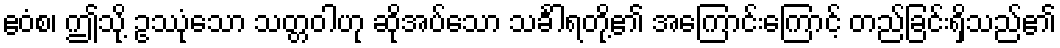
ဧဝံစ၊ ဤသို့ ဥဿုံသော သတ္တဝါဟု ဆိုအပ်သော သင်္ခါရတို့၏ အကြောင်းကြောင့် တည်ခြင်းရှိသည်၏